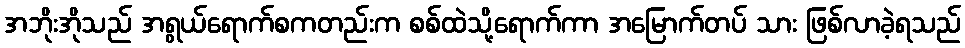
အဘိုးအိုသည် အရွယ်ရောက်စကတည်းက စစ်ထဲသို့ရောက်ကာ အမြောက်တပ် သား ဖြစ်လာခဲ့ရသည်